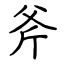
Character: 斧